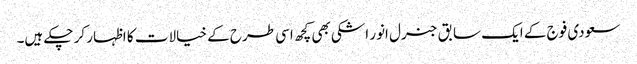
سعودی فوج کے ایک سابق جنرل انور اشکی بھی کچھ اسی طرح کے خیالات کا اظہار کر چکے ہیں۔